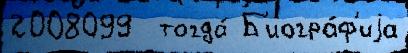
2008099  тогда́ Б'иогра́ф'иjа